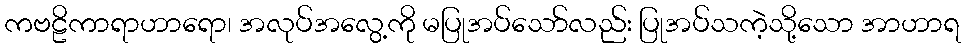
ကဗဠိကာရာဟာရော၊ အလုပ်အလွေ့ကို မပြုအပ်သော်လည်း ပြုအပ်သကဲ့သို့သော အာဟာရ